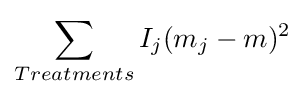
\sum _{Treatments}I_{j}(m_{j}-m)^{2}